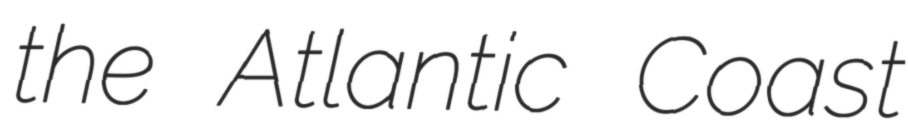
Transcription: the Atlantic Coast